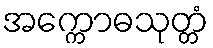
အက္ကောဓသုတ္တံ